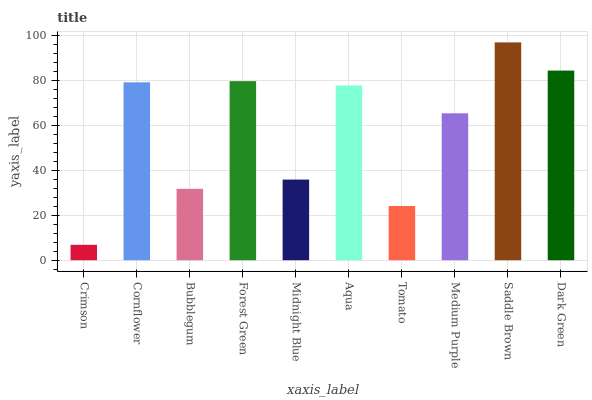
| xaxis_label | bars |
 | --- | --- |
 | Crimson | 6.86 |
 | Cornflower | 79.1 |
 | Bubblegum | 31.8 |
 | Forest Green | 79.7 |
 | Midnight Blue | 35.9 |
 | Aqua | 77.7 |
 | Tomato | 24.1 |
 | Medium Purple | 65.4 |
 | Saddle Brown | 96.9 |
 | Dark Green | 84.4 |